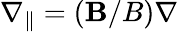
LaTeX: \nabla_{\parallel}=({\mathbf B}/B)\nabla